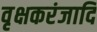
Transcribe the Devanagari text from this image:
वृक्षकरंजादि